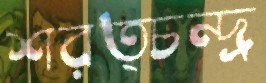
শরত্চন্দ্র